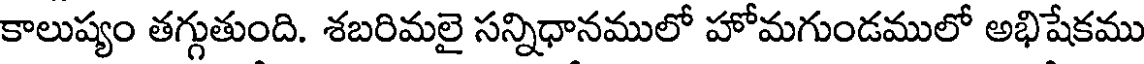
కాలుష్యం తగ్గుతుంది. శబరిమలై సన్నిధానములో హోమగుండములో అభిషేకము